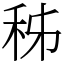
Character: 秭